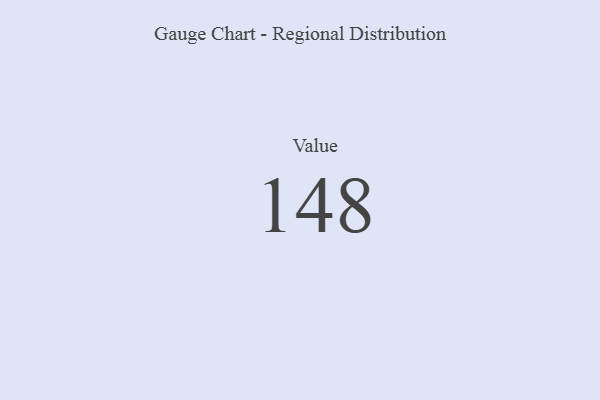
{"axis": {"x": "Metric", "y": "Value"}, "legend": [""], "data": [{"x": "Value", "y": 148, "type": ""}]}